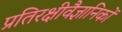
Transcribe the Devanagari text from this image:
प्रतिरक्षीवैज्ञानिकों